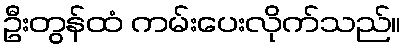
ဦးတွန်ထံ ကမ်းပေးလိုက်သည်။